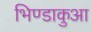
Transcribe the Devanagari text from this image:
भिण्डाकुआ